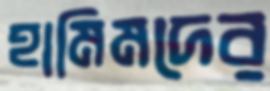
হামিমদের